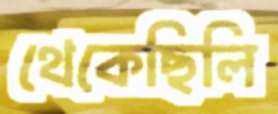
থেকেছিলি